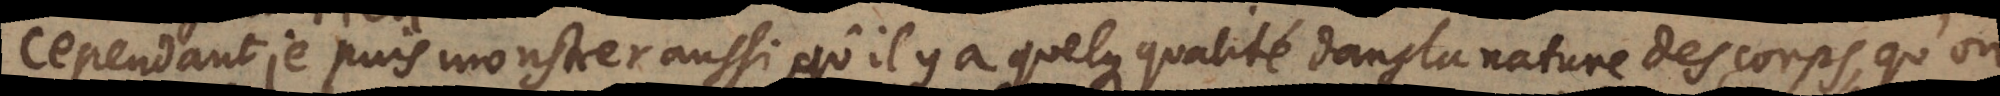
Cependant je puis monstrer aussi qu’il y a quelque qualité dans la nature des corps, qu’on